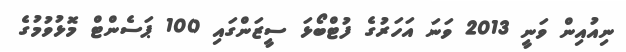
ނިއުއިން ވަނީ 2013 ވަނަ އަހަރުގެ ފުޓްބޯޅަ ސީޒަންގައި 100 ޕަސެންޓް މޮޅުވުމުގެ